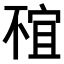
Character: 𠁇